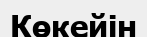
Көкейін